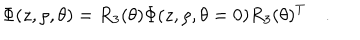
\Phi ( z , \rho , \theta ) = R _ { 3 } ( \theta ) \Phi ( z , \rho , \theta = 0 ) R _ { 3 } ( \theta ) ^ { T } \quad .